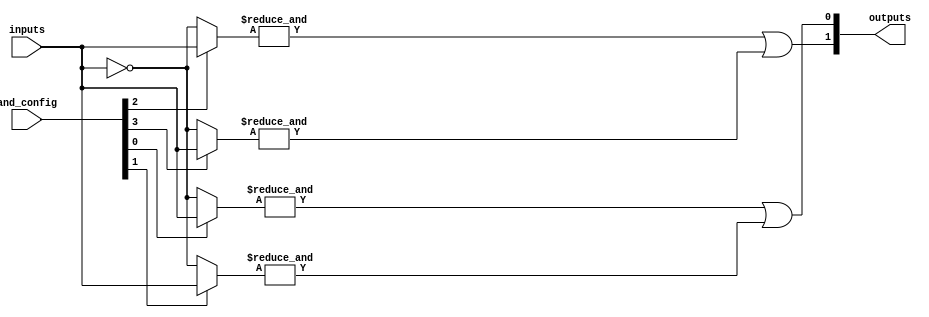
module hs_pal #(
    parameter NUM_INPUTS = 8, // Number of inputs
    parameter NUM_AND_GATES = 4, // Number of AND gates
    parameter NUM_OR_GATES = 2 // Number of OR gates
)(
    input wire [NUM_INPUTS-1:0] inputs, // Input signals
    input wire [NUM_AND_GATES-1:0] and_config, // Configuration for AND gates
    output wire [NUM_OR_GATES-1:0] outputs // Output signals
);

    // Declare the internal wires for AND gate outputs
    wire [NUM_AND_GATES-1:0] and_outputs;

    // Programmable AND Array
    genvar i;
    generate
        for (i = 0; i < NUM_AND_GATES; i = i + 1) begin : and_array
            // Each AND gate can take any combination of inputs and their complements
            wire [NUM_INPUTS-1:0] and_inputs;
            assign and_inputs = and_config[i] ? inputs : ~inputs; // Example configuration
            assign and_outputs[i] = &and_inputs; // AND operation
        end
    endgenerate

    // Fixed OR Array
    assign outputs[0] = and_outputs[0] | and_outputs[1]; // OR gate 1
    assign outputs[1] = and_outputs[2] | and_outputs[3]; // OR gate 2

endmodule